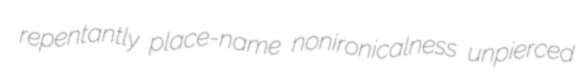
repentantly place-name nonironicalness unpierced